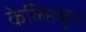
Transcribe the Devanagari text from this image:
केल्सिकृत